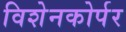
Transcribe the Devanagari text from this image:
विशेनकोर्पर